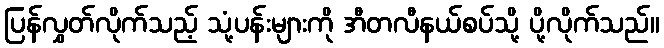
ပြန်လွှတ်လိုက်သည့် သုံ့ပန်းများကို အီတလီနယ်စပ်သို့ ပို့လိုက်သည်။